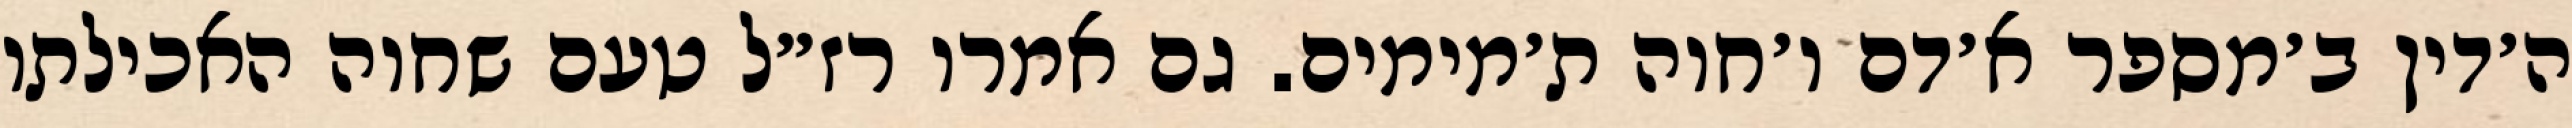
ה׳דין ב׳מספר א׳דם ו׳חוה ת׳מימים. גם אמרו רז״ל טעם שחוה האכילתו